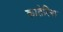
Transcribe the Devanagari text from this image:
कातेरिना